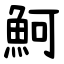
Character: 魺